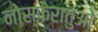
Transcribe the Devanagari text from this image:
नोस्फेरातुओं